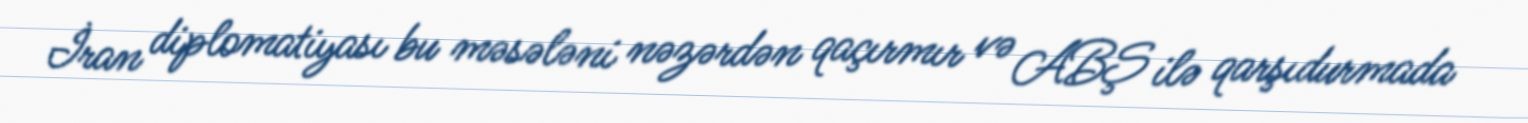
İran diplomatiyası bu məsələni nəzərdən qaçırmır və ABŞ ilə qarşıdurmada